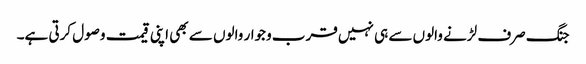
جنگ صرف لڑنے والوں سے ہی نہیں قرب وجوار والوں سے بھی اپنی قیمت وصول کرتی ہے۔